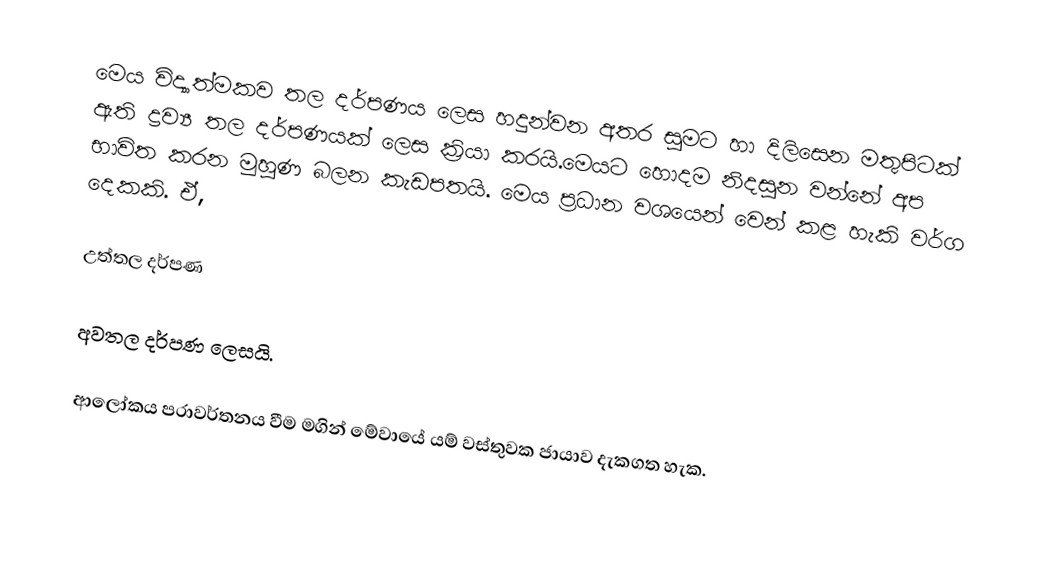
මෙය    විද්‍යාත්මකව තල   දර්පණය ලෙස හදුන්වන අතර සුමට හා දිලිසෙන මතුපිටක් ඇති ද්‍රව්‍ය  තල දර්පණයක්  ලෙස ක්‍රියා කරයි.මෙයට හොදම  නිදසුන වන්නේ අප භාවිත කරන මුහුණ බලන කැඩපතයි. මෙය ප්‍රධාන වශයෙන් වෙන් කළ හැකි වර්ග  දෙකකි. ඒ,

උත්තල දර්පණ

අවතල දර්පණ         ලෙසයි.

ආලෝකය පරාවර්තනය වීම මගින්  මේවායේ යම් වස්තුවක ජායාව දැකගත හැක.